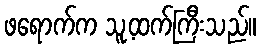
ဖရောက်က သူ့ထက်ကြီးသည်။